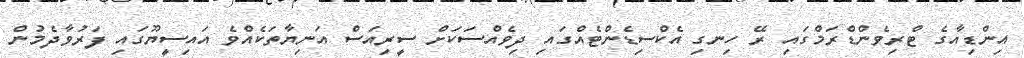
އިންޑިއާގެ ޓްރިވެންޑްރަމްގައި ރޭ ހިނގި އެކްސިޑެންޓެއްގައި ދިވެއްސަކަށް ސީރިއަސް އަނިޔާތަކެއްވެ އައިސީޔޫގައި ފަރުވާދެމުން